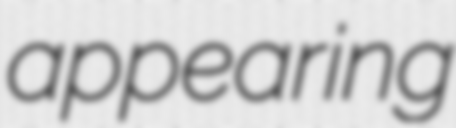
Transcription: appearing